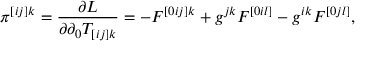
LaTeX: \pi ^ { [ i j ] k } = \frac { \partial { \cal L } } { \partial \partial _ { 0 } T _ { [ i j ] k } } = - F ^ { [ 0 i j ] k } + g ^ { j k } F _ { \ \ \ \l } ^ { [ 0 i l ] } - g ^ { i k } F _ { \ \ \ \ \l } ^ { [ 0 j l ] } ,